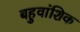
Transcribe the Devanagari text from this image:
बहुवांशिक